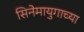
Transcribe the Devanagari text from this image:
सिनेमायुगाच्या